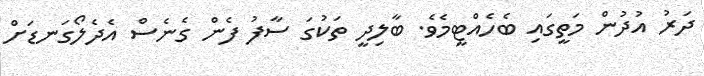
ދަރު އުދުން މަތީގައި ބެހެއްޓީމެވެ. ބާލިދީ ތަކުގަ ސާފު ފެން ގެނެސް އެދެލޯގަނޑަށް